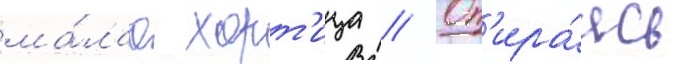
ма́лаа хорт'ица // Оп'ира́ясь